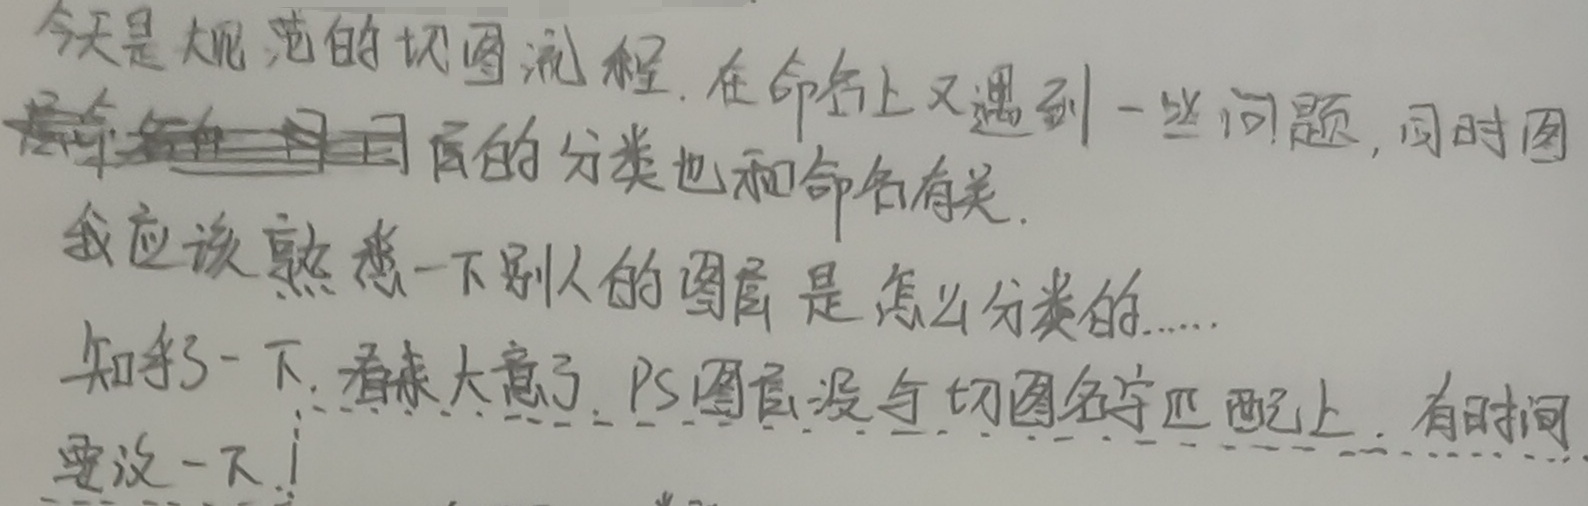
今天是大规范的切图流程。在命名上又遇到一些问题，同时图层的分类也和命名有关。我应该熟悉一下别人的图层是怎么分类的……知乎了一下，看来大意了。PS 图层没与切图名字匹配上。有时间要改一下！